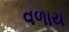
વળાય